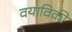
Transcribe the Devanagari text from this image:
वयाविकी